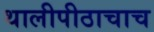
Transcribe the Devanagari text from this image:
थालीपीठाचाच